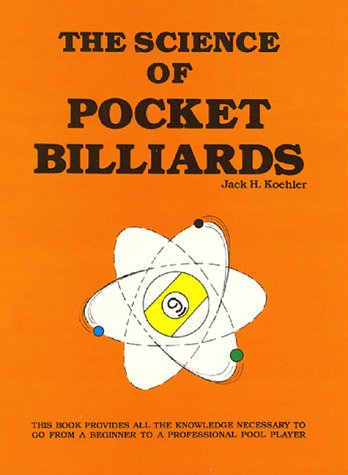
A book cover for Science of Pocket Billiards; Jack H. Koehler; Sports & Outdoors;